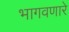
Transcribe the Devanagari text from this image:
भागवणारे